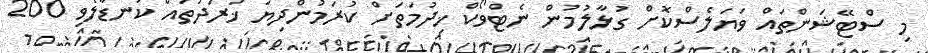
މި ސްޓޭޝަންތައް ވަޔަލެސްކޮށް ގުޅާލުމުން ނެޓްވޯކް ޚިދުމަތަށް ކުރަމުންދިޔަ ޚަރަދުތައް ކަނޑާލެވި 200